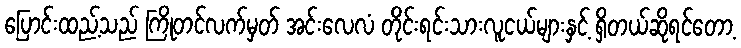
ပြောင်းထည့်သည် ကြိုတင်လက်မှတ် အင်းလေလံ တိုင်းရင်းသားလူငယ်များနှင့် ရှိတယ်ဆိုရင်တော့